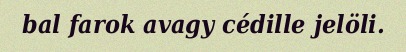
bal farok avagy cédille jelöli.